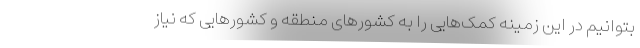
بتوانیم در این زمینه کمک‌هایی را به کشورهای منطقه و کشورهایی که نیاز